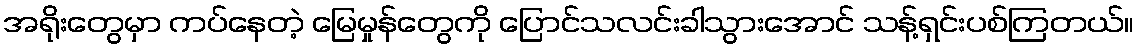
အရိုးတွေမှာ ကပ်နေတဲ့ မြေမှုန်တွေကို ပြောင်သလင်းခါသွားအောင် သန့်ရှင်းပစ်ကြတယ်။